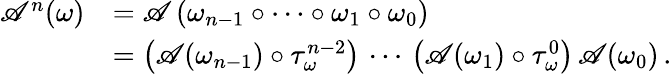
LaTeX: \begin{array}{rl}{\mathscr{A}^{n}(\omega)}&{=\mathscr{A}\left(\omega_{n-1}\circ\cdots\circ\omega_{1}\circ\omega_{0}\right)}\\ &{=\left(\mathscr{A}(\omega_{n-1})\circ\tau_{\omega}^{n-2}\right)\, \cdots\, \left(\mathscr{A}(\omega_{1})\circ\tau_{\omega}^{0}\right)\, \mathscr{A}(\omega_{0})\, .}\end{array}